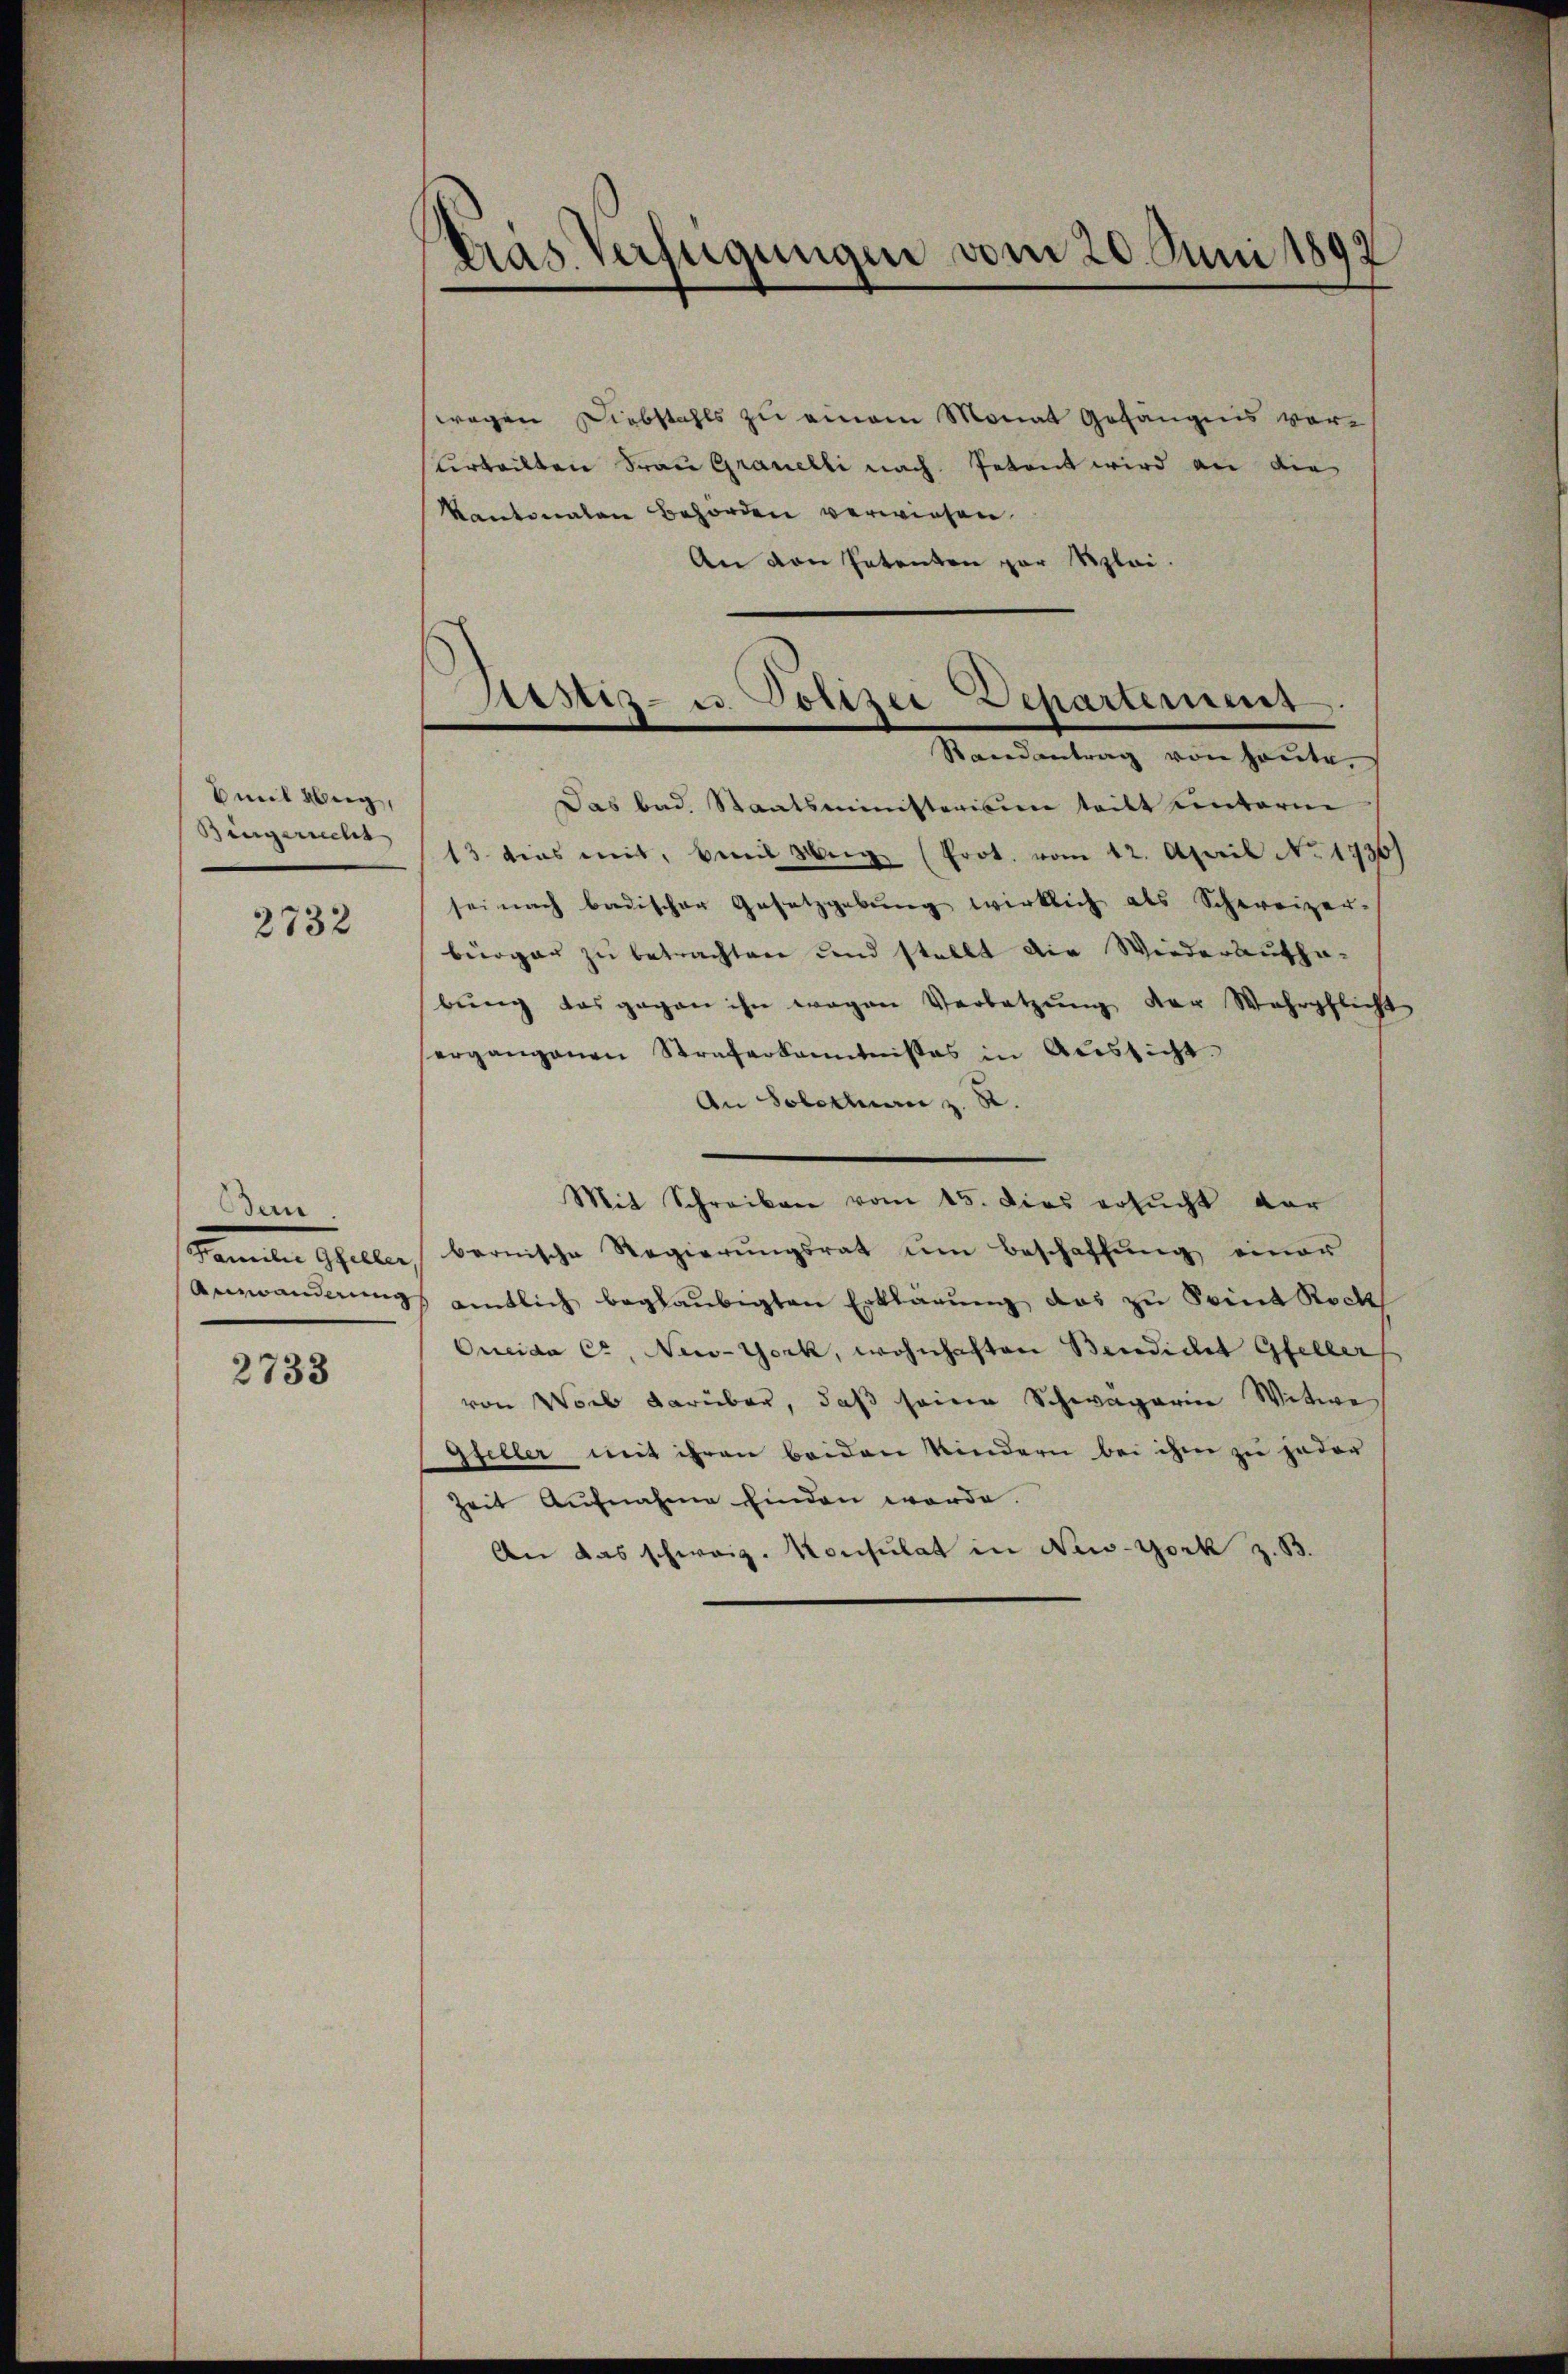
Emil Hug,
Bingerrecht

2732

Bern
Fennen Gener
Anzänderung

2733

Pras Verfügungen vom 20. Juni 1892
7

Austiz- u. Polizei Departement
Randantrag von heute.

wegen Diebstahls zu einem Monat Gefängnis vor¬
Urteilten Frau Granelli nach Petent wird an die
Kantonalen Behörden verwiesen.
An den Petenten zur Klei¬
Das bad. Staatsministerisim teilt unterm
13. dies mit, bei Weg (Prot. vom 12. April No 1936)
sei nach badischer Gesetzgebung wirklich als Schweizer-
bürger zu betrachten und stellt die Wiederaufha-
bŭng das gegen ihn wegen Verbatzŭng der Wehrpflicht
ergangenen Straferkanntnisses in Aŭssicht.
An Solothurn z. R.
Mit Schreiben vom 15. dies ersŭcht ver
bernische Regierŭngsrat ŭm Beschaffŭng einer
amtlich beglaubigten Erklärung das zu Point Rock
Oncida Cr, New-York, wohnhaften Bendicet Gfellers
von Worb darüber, daß seine Schwagerin Witwe
steller mit ihren beiden Kindern bei ihm zu jeder
Zeit Aufnahme finden werde.
An das schweiz. Konsulat in New-York z. B.